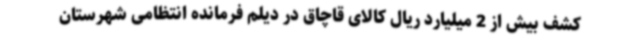
کشف بیش از 2 میلیارد ریال کالای قاچاق در دیلم فرمانده انتظامی شهرستان